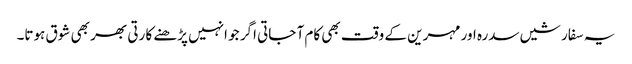
یہ سفارشیں سدرہ اور مہرین کے وقت بھی کام آ جاتی اگر جو انہیں پڑھنے کا رتی بھر بھی شوق ہوتا۔